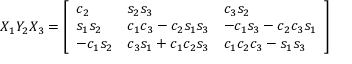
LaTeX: X _ { 1 } Y _ { 2 } X _ { 3 } = { \left[ \begin{array} { l l l } { c _ { 2 } } & { s _ { 2 } s _ { 3 } } & { c _ { 3 } s _ { 2 } } \\ { s _ { 1 } s _ { 2 } } & { c _ { 1 } c _ { 3 } - c _ { 2 } s _ { 1 } s _ { 3 } } & { - c _ { 1 } s _ { 3 } - c _ { 2 } c _ { 3 } s _ { 1 } } \\ { - c _ { 1 } s _ { 2 } } & { c _ { 3 } s _ { 1 } + c _ { 1 } c _ { 2 } s _ { 3 } } & { c _ { 1 } c _ { 2 } c _ { 3 } - s _ { 1 } s _ { 3 } } \end{array} \right] }